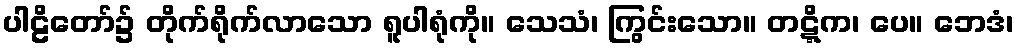
ပါဠိတော်၌ တိုက်ရိုက်လာသော ရူပါရုံကို။ သေသံ၊ ကြွင်းသော။ တဋ္ဋိက၊ ပေ။ ဘေဒံ၊